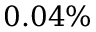
0 . 0 4 \%